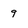
Character: 9